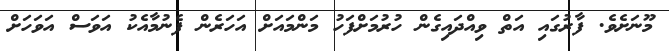
މޫނަށެވެ. ފާރުގައި އަތް ވިއްދައިގެން ހުރުމަށްފަހު މަންމައަށް އަހަރެން ފެނުމާއެކު އަވަސް އަވަހަށް